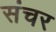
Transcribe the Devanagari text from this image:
संचर